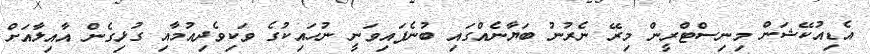
އެޑިއުކޭޝަން މިނިސްޓްރީން މިރޭ ނެރުނު ބަޔާނެއްގައި ބުނެފައިވަނީ ނުހައިކުގެ ވަކިވެދިއުމާއި ގުޅިގެން އާއިލާއަށް